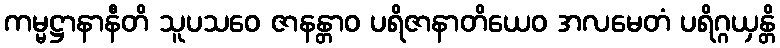
ကမ္မဋ္ဌာနာနီတိ သူပသဝေ ဇာနန္တာဝ ပရိဇာနာတိယေဝ အလမေတံ ပရိဂ္ဂယှန္တိ